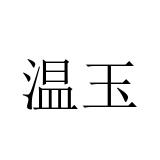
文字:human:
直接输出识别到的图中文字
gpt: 温玉